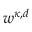
w ^ { \kappa , d }